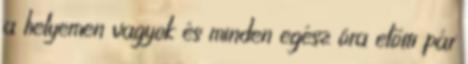
a helyemen vagyok és minden egész óra előtti pár